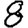
Digit: 8